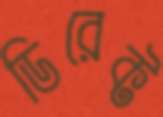
ডিরেক্ট